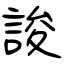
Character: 誜